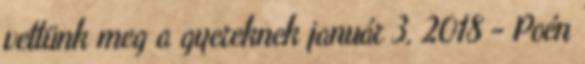
vettünk meg a gyereknek január 3, 2018 - Poén